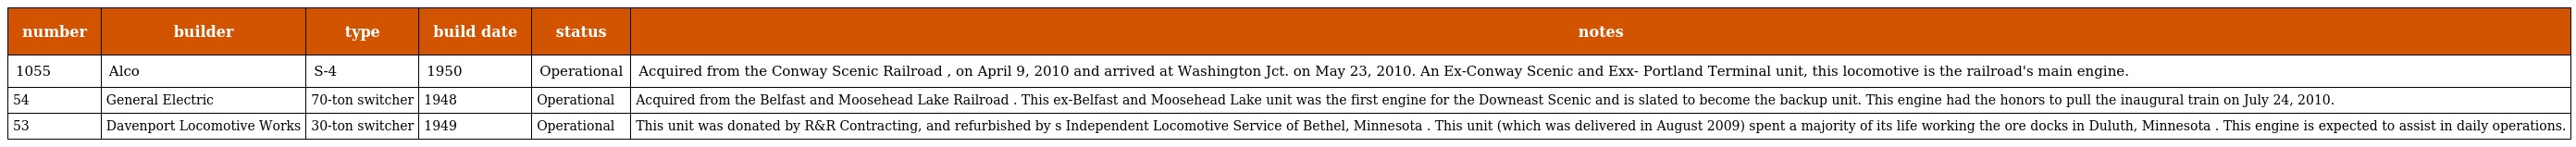
| number | builder | type | build date | status | notes |
 | --- | --- | --- | --- | --- | --- |
 | 1055 | Alco | S-4 | 1950 | Operational | Acquired from the Conway Scenic Railroad , on April 9, 2010 and arrived at Washington Jct. on May 23, 2010. An Ex-Conway Scenic and Exx- Portland Terminal unit, this locomotive is the railroad's main engine. |
 | 54 | General Electric | 70-ton switcher | 1948 | Operational | Acquired from the Belfast and Moosehead Lake Railroad . This ex-Belfast and Moosehead Lake unit was the first engine for the Downeast Scenic and is slated to become the backup unit. This engine had the honors to pull the inaugural train on July 24, 2010. |
 | 53 | Davenport Locomotive Works | 30-ton switcher | 1949 | Operational | This unit was donated by R&R Contracting, and refurbished by s Independent Locomotive Service of Bethel, Minnesota . This unit (which was delivered in August 2009) spent a majority of its life working the ore docks in Duluth, Minnesota . This engine is expected to assist in daily operations. |